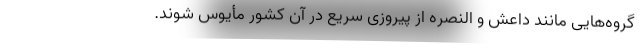
گروه‌هایی مانند داعش و النصره از پیروزی سریع در آن کشور مأیوس شوند.